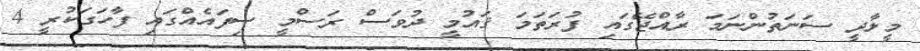
މީލާދީ ސަނަތުންނަމަ ރާއްޖޭގައި ފުރަތަމަ ޤައުމީ ދުވަސް ރަސްމީ ސިފައެއްގައި ފާހަގަކުރީ 4